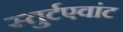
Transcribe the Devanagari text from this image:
स्तुर्टएवांट